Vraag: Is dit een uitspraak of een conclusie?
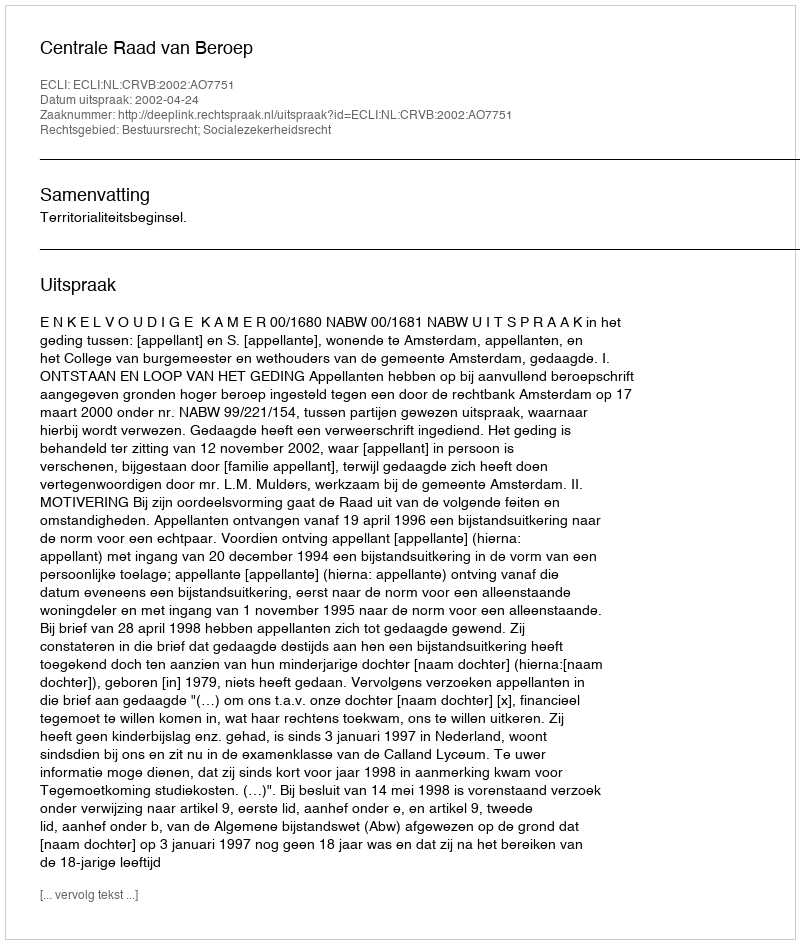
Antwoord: Uitspraak